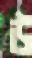
উ